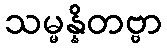
သမ္မန္နိတဗ္ဗာ